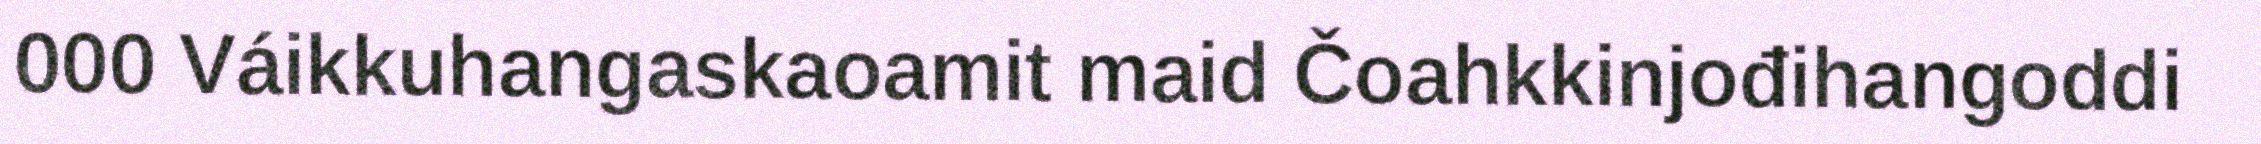
000 Váikkuhangaskaoamit maid Čoahkkinjođihangoddi